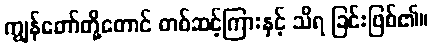
ကျွန်တော်တို့တောင် တစ်ဆင့်ကြားနှင့် သိရ ခြင်းဖြစ်၏။